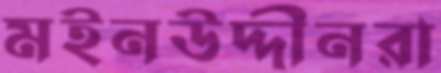
মইনউদ্দীনরা